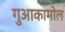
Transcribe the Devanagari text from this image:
गुआकामोल